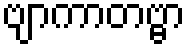
ဗျာကာတဗ္ဗာ